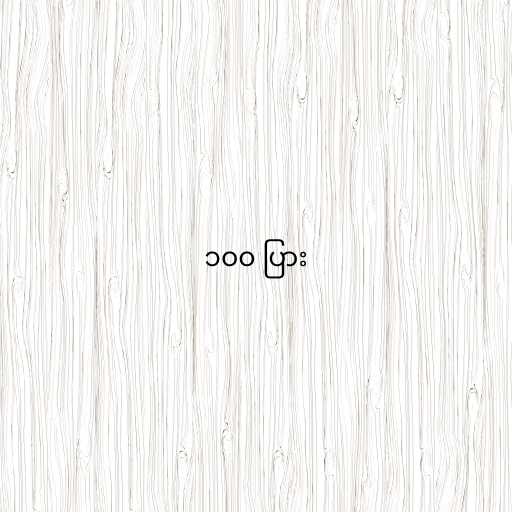
၁၀၀ ပြား